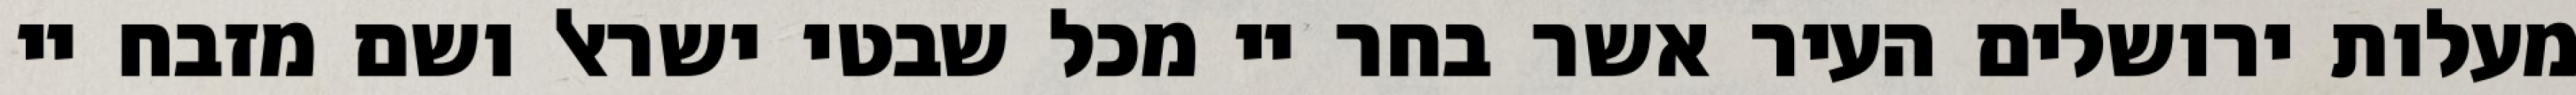
מעלות ירושלים העיר אשר בחר יי מכל שבטי ישראל ושם מזבח יי